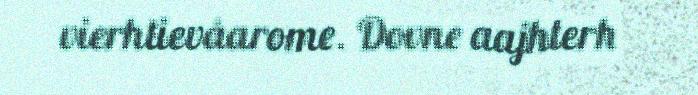
vierhtievåarome. Dovne aajhterh